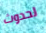
لحدوث